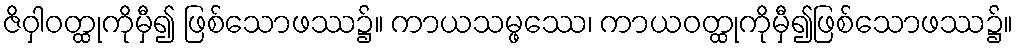
ဇိဝှါဝတ္ထုကိုမှီ၍ ဖြစ်သောဖဿ၌။ ကာယသမ္ဖဿေ၊ ကာယဝတ္ထုကိုမှီ၍ဖြစ်သောဖဿ၌။